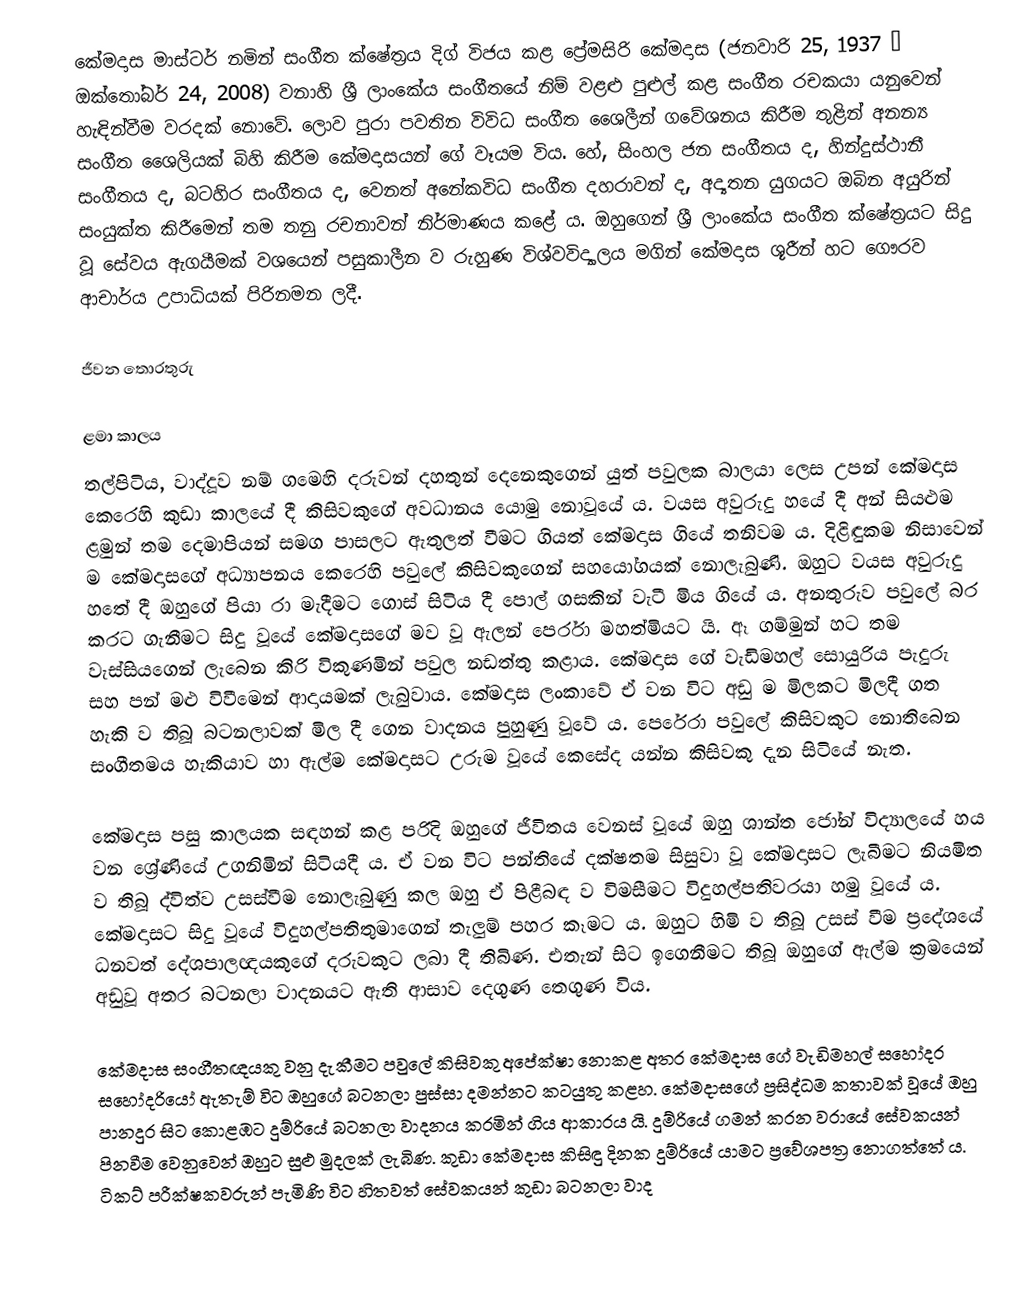
කේමදාස මාස්ටර් නමින් සංගීත ‍ක්ෂේත්‍රය දිග් විජය කළ ප්‍රේමසිරි කේමදාස  (ජනවාරි 25, 1937 – ඔක්තෝබර් 24, 2008) වනාහි ශ්‍රී ලාංකේය සංගීතයේ නිම් වළළු පුළුල් කළ සංගීත රචකයා යනුවෙන් හැඳින්වීම වරදක් නොවේ. ලොව පුරා පවතින විවිධ සංගීත ශෛලීන් ගවේශනය කිරීම තුළින් අනන්‍ය සංගීත ශෛලියක් බිහි කිරීම කේමදාසයන් ගේ වෑයම විය. හේ, සිංහල ජන සංගීතය ද, හින්දුස්ථානී සංගීතය ද, බටහිර සංගීතය ද, වෙනත් අනේකවිධ සංගීත දහරාවන් ද, අද්‍යතන යුගයට ඔබින අයුරින් සංයුක්ත කිරීමෙන් තම තනු රචනාවන් නිර්මාණය කළේ ය. ඔහුගෙන් ශ්‍රී ලාංකේය සංගීත ‍ක්ෂේත්‍රයට සිදු වූ සේවය ඇගයීමක් වශයෙන් පසුකාලීන ව රුහුණ විශ්වවිද්‍යාලය මගින් කේමදාස ශූරීන් හට ගෞරව ආචාර්ය උපාධියක් පිරිනමන ලදී.

ජීවන තොරතුරු

ළමා කාලය
තල්පිටිය, වාද්දූව නම් ගමෙහි දරුවන් දහතුන් දෙනෙකුගෙන් යුත් පවුලක බාලයා ලෙස උපන් කේමදාස කෙරෙහි කුඩා කාලයේ දී කිසිවකුගේ අවධානය යොමු ‍නොවූයේ ය. වයස අවුරුදු හයේ දී අන් සියළුම ළමුන් තම දෙමාපියන් සමග පාසලට ඇතුලත් වීමට ගියත් කේමදාස ගියේ තනිවම ය. දිළිඳුකම නිසාවෙන් ම කේමදාසගේ අධ්‍යාපනය කෙරෙහි පවුලේ කිසිවකුගෙන් සහයෝගයක් නොලැබුණි. ඔහුට වයස අවුරුදු හතේ දී ඔහුගේ පියා රා මැදීමට ගොස් සිටිය දී පොල් ගසකින් වැටී මිය ගියේ ය. අනතුරුව පවුලේ බර කරට ගැනීමට සිදු වූයේ කේමදාසගේ මව වූ ඇලන් පෙර්රා මහත්මියට යි. ඈ ගම්මුන් හට තම වැස්සියගෙන් ලැබෙන කිරි විකුණමින් පවුල නඩත්තු කළාය. කේමදාස ගේ වැඩිමහල් සොයුරිය පැදුරු සහ පන් මළු විවීමෙන් ආදායමක් ලැබුවාය. කේමදාස ලංකාවේ ඒ වන විට අඩු ම මිලකට මිලදී ගත හැකි ව තිබූ බටනලාවක් මිල දී ගෙන වාදනය පුහුණු වූවේ ය. පෙරේරා පවුලේ කිසිවකුට නොතිබෙන සංගීතමය හැකියාව හා ඇල්ම කේමදාසට උරුම වූයේ කෙසේද යන්න කිසිවකු දැන සිටියේ නැත.

කේමදාස පසු කාලයක සඳහන් කළ පරිදි ඔහුගේ ජීවිතය වෙනස් වූයේ ඔහු ශාන්ත ජෝන් විද්‍යාලයේ හය වන ශ්‍රේණියේ උගනිමින් සිටියදී ය. ඒ වන විට පන්තියේ දක්ෂතම සිසුවා වූ කේමදාසට ලැබීමට නියමිත ව තිබූ ද්විත්ව උසස්වීම නොලැබුණු කල ඔහු ඒ පිළීබඳ ව විමසීමට විදුහල්පතිවරයා හමු වූයේ ය. කේමදාසට සිදු වූයේ විදුහල්පතිතුමාගෙන් තැලුම් පහර කෑමට ය. ඔහුට හිමි ව තිබූ උසස් වීම ප්‍රදේශයේ ධනවත් දේශපාලඥයකුගේ දරුවකුට ලබා දී තිබිණ. එතැන් සිට ඉගෙනීමට තිබූ ඔහුගේ ඇල්ම ක්‍රමයෙන් අඩුවූ අතර බටනලා වාදනයට ඇති ආසාව දෙගුණ තෙගුණ විය.

කේමදාස සංගීතඥයකු වනු දැකීමට පවුලේ කිසිවකු අපේක්ෂා නොකළ අතර කේමදාස ගේ වැඩිමහල් සහෝදර සහෝදරියෝ ඇතැම් විට ඔහුගේ බටනලා පුස්සා දමන්නට කටයුතු කළහ. කේමදාසගේ ප්‍රසිද්ධම කතාවක් වූයේ ඔහු පානදුර සිට කොළඹට දුම්රියේ බටනලා වාදනය කරමින් ගිය ආකාරය යි. දුම්රියේ ගමන් කරන වරායේ සේවකයන් පිනවීම වෙනුවෙන් ඔහුට සුළු මුදලක් ලැබිණ. කුඩා කේමදාස කිසිඳු දිනක දුම්රියේ යාමට ප්‍රවේශපත්‍ර නොගත්තේ ය. ටිකට් පරීක්ෂකවරුන් පැමිණි විට හිතවත් සේවකයන් කුඩා බටනලා වාද